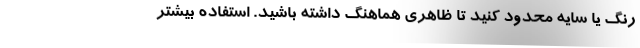
رنگ یا سایه محدود کنید تا ظاهری هماهنگ داشته باشید. استفاده بیشتر